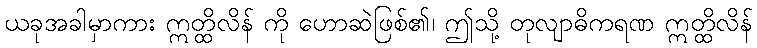
ယခုအခါမှာကား ဣတ္ထိလိန် ကို ဟောဆဲဖြစ်၏၊ ဤသို့ တုလျာဓိကရဏ ဣတ္ထိလိန်